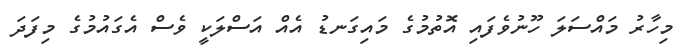
މިހާރު މައްސަލަ ހޫނުވެފައި އޮތުމުގެ މައިގަނޑު އެއް އަސްލަކީ ވެސް އެގައުމުގެ މިފަދަ